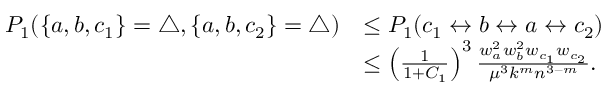
\begin{array} { r l } { P _ { 1 } ( \{ a , b , c _ { 1 } \} = \triangle , \{ a , b , c _ { 2 } \} = \triangle ) } & { \leq P _ { 1 } ( c _ { 1 } \leftrightarrow b \leftrightarrow a \leftrightarrow c _ { 2 } ) } \\ & { \leq \left( \frac { 1 } { 1 + C _ { 1 } } \right) ^ { 3 } \frac { w _ { a } ^ { 2 } w _ { b } ^ { 2 } w _ { c _ { 1 } } w _ { c _ { 2 } } } { \mu ^ { 3 } k ^ { m } n ^ { 3 - m } } . } \end{array}